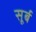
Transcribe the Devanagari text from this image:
सूर्ब